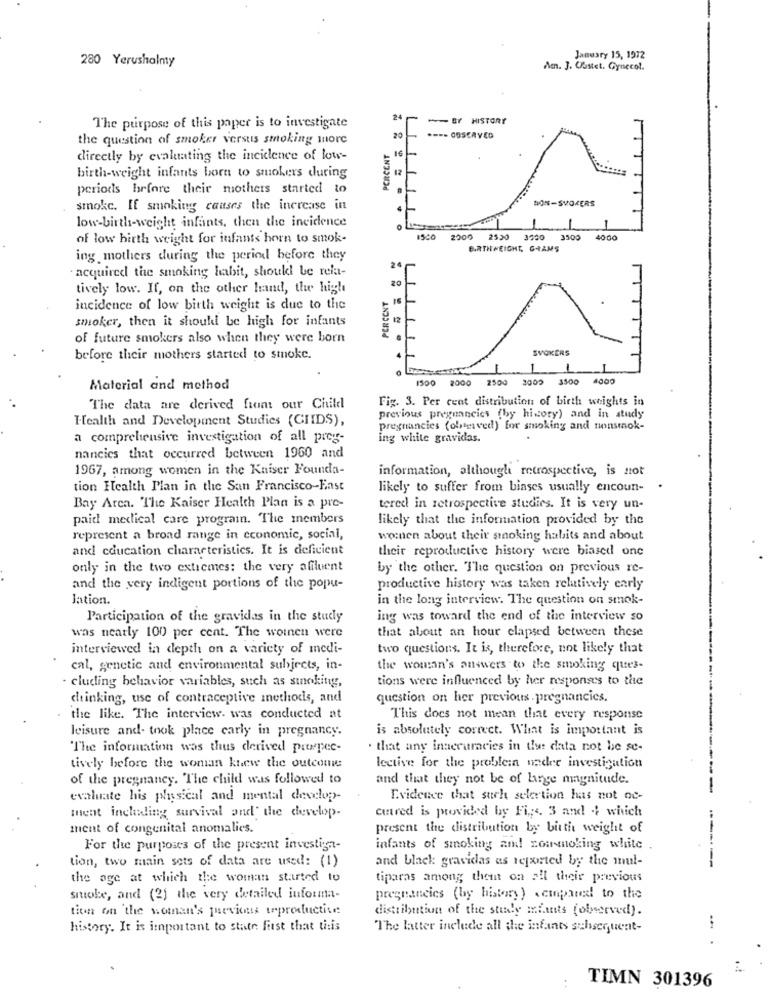
280 Yerushalmy
January 15, 1972
Am. J. Obstet. Gynecol.
24
BY HISTORY
The purpose of this paper is to investigate
the question of smoker versus smoking more
20
*==- OBSERVED
PERCENT
16
directly by evaluating the incidence of low-
12
birth-weight infants born to smokers during
periods before their mothers started to
NON-SMOKERS
smoke. If smoking causes the increase in
low-birth-weight infants, then the incidence
-
of low birth weight for infants horn to smok-
2000
25,30
3700
3300
40:00
BIRTHWEIGHT, GRAMS
ing mothers during the period before they
. acquired the smoking habit, should be rela-
2
tively low. If, on the other hand, the high
PERCENT
16
incidence of low birth weight is due to the
smoker, then it should be high for infants
12
of future smokers also when they were born
SVOKERS
before their mothers started to smoke.
1
1500 2000
2500
3003 3500 4000
Material and method
Fig. 3. Per cent distribution of birth weights in
The data are derived front our Child
Health and Development Studies (CIDS),
previous pregnancies (by history) and in study
pregnancies (oleved) for smoking and nonsmok-
a comprehensive investigation of all preg-
ing white gravidas.
nancics that occurred between 1960 and
1967, among women in the Kaiser Founda-
information, although retrospective, is not
tion Health Plan in the San Francisco-East
likely to suffer from biases usually encoun-
Bay Area. The Kaiser Health Plan is a pre-
tered in retrospective studies. It is very un-
paid medical care program. The members
likely that the information provided by the
represent a broad range in economic, social,
women about their smoking habits and about
and education characteristics. It is deficient
their reproductive history were biased one
only in the two extremes: the very affluent
by the other. The question on previous re-
and the very indigent portions of the popu-
productive history was taken relatively early
Jation.
in the long interview. The question on smok-
Participation of the gravidas in the study
ing was toward the end of the interview so
that about an hour elapsed between these
was nearly 100 per cent. The woinen were
interviewed in depth on a variety of medi-
two questions. It is, therefore, not likely that
cal, genetic and environmental subjects, in-
the woman's answers to the smoking ques-
tions were influenced by her responses to the
cluding behavior variables, such as sunoking,
drinking, use of contraceptive methods, and
question on her previous . pregnancies.
the like. The interview. was conducted at
This does not mean that every response
leisure and- took place early in pregnancy.
is absolutely correct. What is important is
The information was thus derived pruepec-
· that any inaccuracies in the: data not be se-
tively before the woman knew the outcome
lective for the problemn nader investigation
of the pregnancy. The child was followed to
and that they not be of lange magnitude.
-
evaluate his physical and mental develop-
Evidence that such selertion has not od-
cutred is provided by Fig;4. 3 and .; which
ment including survival and the develop.
ment of congenital anomalies.
present the distribution by birth weight of
For the purposes of the present investiga-
infants of smoking and coursnoking white
tion, two main sets of data are used: (1)
and black gravidas as reported by the mul-
the age at which the woman started to
tiparas among them on all their previous
sitoke, and (2) the very detailed informa-
pregnancies (by history ) ccmpared! to the
tion on the woman's pevins trproductive
distribution of the stidly miants (olyserved).
history. It is important to state first that this
The latter include all the infants subsequent-
...
..
TIMN 301396